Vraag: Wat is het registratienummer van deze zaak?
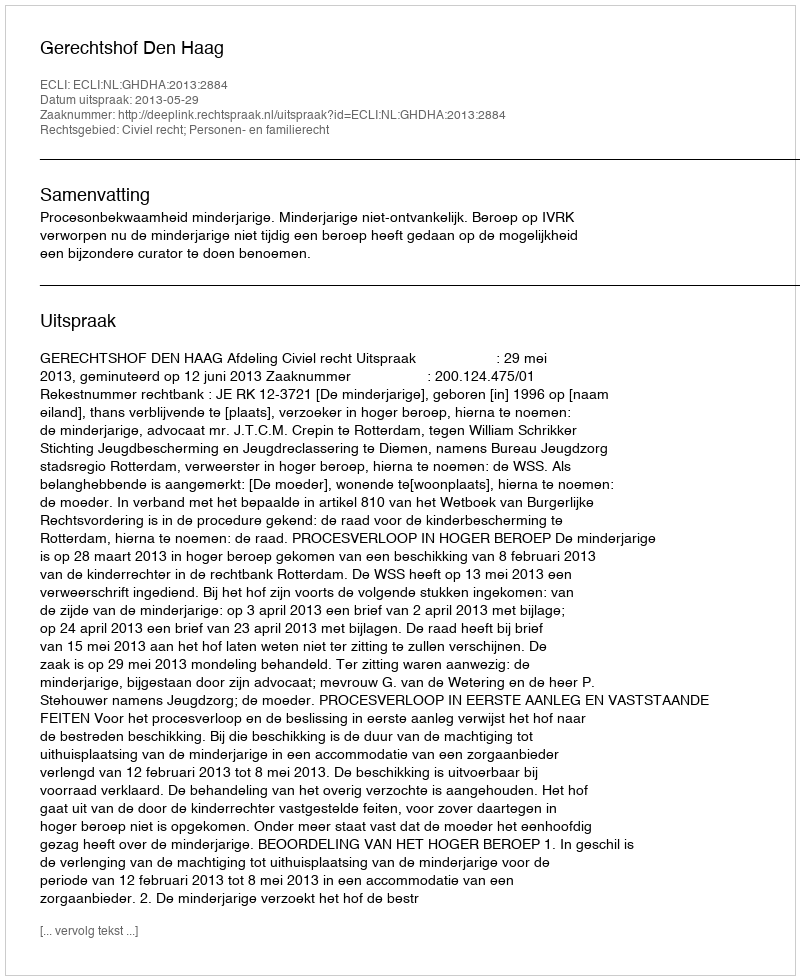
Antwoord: http://deeplink.rechtspraak.nl/uitspraak?id=ECLI:NL:GHDHA:2013:2884